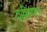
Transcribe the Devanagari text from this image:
वाशिण्गटन